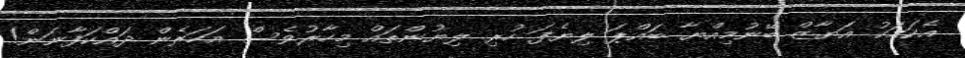
އެކަމަކު އަޔާޒް ބޭނުމިއްޔާ ބައްޕަ ލިޔެފަ ހުރި ލިޔުންތައް މިހާރުވެސް އަހަރެން ދައްކަފާނަން!